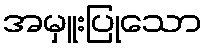
အမှူးပြုသော